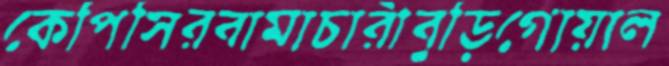
কেপিসিরবামাচারীবুড়িগোয়াল